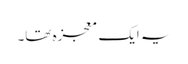
یہ ایک معجزہ تھا۔